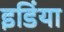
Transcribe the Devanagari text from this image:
इडिंया